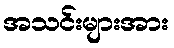
အသင်းများအား